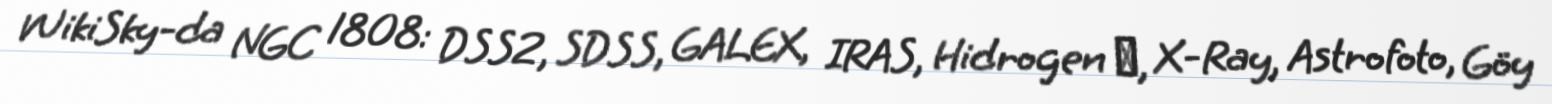
WikiSky-da NGC 1808: DSS2, SDSS, GALEX, IRAS, Hidrogen α, X-Ray, Astrofoto, Göy